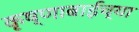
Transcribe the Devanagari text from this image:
कृष्णाबाईच्या